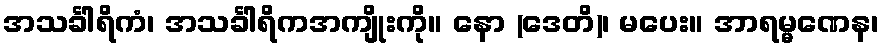
အသင်္ခါရိကံ၊ အသင်္ခါရိကအကျိုးကို။ နော (ဒေတိ)၊ မပေး။ အာရမ္မဏေန၊